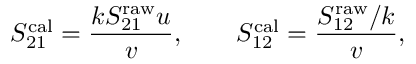
S _ { 2 1 } ^ { \mathrm { c a l } } = \frac { k S _ { 2 1 } ^ { \mathrm { r a w } } u } { v } , \qquad S _ { 1 2 } ^ { \mathrm { c a l } } = \frac { S _ { 1 2 } ^ { \mathrm { r a w } } / k } { v } ,